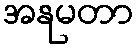
အနုမတာ